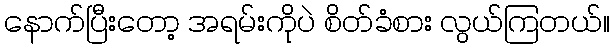
နောက်ပြီးတော့ အရမ်းကိုပဲ စိတ်ခံစား လွယ်ကြတယ်။